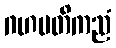
ဂဟပတိကညံ